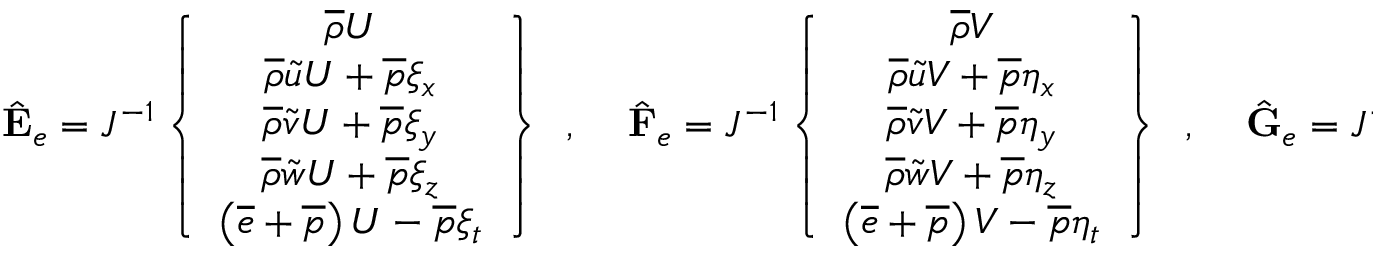
\begin{array} { r l r } { \hat { \mathbf { E } } _ { e } = J ^ { - 1 } \left\{ \begin{array} { c } { \overline { { \rho } } U } \\ { \overline { { \rho } } \tilde { u } U + \overline { { p } } \xi _ { x } } \\ { \overline { { \rho } } \tilde { v } U + \overline { { p } } \xi _ { y } } \\ { \overline { { \rho } } \tilde { w } U + \overline { { p } } \xi _ { z } } \\ { \left( \overline { { e } } + \overline { { p } } \right) U - \overline { { p } } \xi _ { t } } \end{array} \right\} \, \mathrm { ~ , ~ } } & { { } \hat { \mathbf { F } } _ { e } = J ^ { - 1 } \left\{ \begin{array} { c } { \overline { { \rho } } V } \\ { \overline { { \rho } } \tilde { u } V + \overline { { p } } \eta _ { x } } \\ { \overline { { \rho } } \tilde { v } V + \overline { { p } } \eta _ { y } } \\ { \overline { { \rho } } \tilde { w } V + \overline { { p } } \eta _ { z } } \\ { \left( \overline { { e } } + \overline { { p } } \right) V - \overline { { p } } \eta _ { t } } \end{array} \right\} \, \mathrm { ~ , ~ } } & { \hat { \mathbf { G } } _ { e } = J ^ { - 1 } \left\{ \begin{array} { c } { \overline { { \rho } } W } \\ { \overline { { \rho } } \tilde { u } W + \overline { { p } } \zeta _ { x } } \\ { \overline { { \rho } } \tilde { v } W + \overline { { p } } \zeta _ { y } } \\ { \overline { { \rho } } \tilde { w } W + \overline { { p } } \zeta _ { z } } \\ { \left( \overline { { e } } + \overline { { p } } \right) W - \overline { { p } } \zeta _ { t } } \end{array} \right\} \, \mathrm { ~ . ~ } } \end{array}